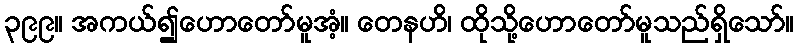
၃၉၉။ အကယ်၍ဟောတော်မူအံ့။ တေနဟိ၊ ထိုသို့ဟောတော်မူသည်ရှိသော်။